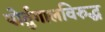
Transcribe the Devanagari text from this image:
पोर्तुगालविरुद्ध